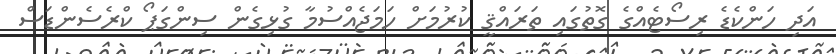
އަދި ހަންކެޑެ ރިސޯޓެއްގެ ގޮތުގައި ތަރައްޤީ ކުރުމަށް ހަމަޖެއްސުމާ ގުޅިގެން ސިންގަޕޯ ކްރެސެންޑަސް